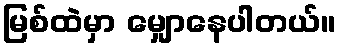
မြစ်ထဲမှာ မျှောနေပါတယ်။